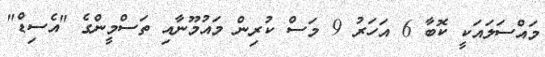
މައްސަލައަކީ ކޮބާ 6 އަހަރު 9 މަސް ކުރިން މައުމޫނާއި ތަސްމީންގެ "އެސިޑް"